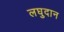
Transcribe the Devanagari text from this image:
लघुदान